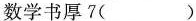
数学书厚7( )